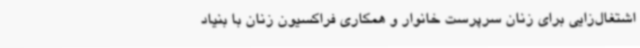
اشتغال‌زایی برای زنان سرپرست خانوار و همکاری فراکسیون زنان با بنیاد